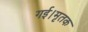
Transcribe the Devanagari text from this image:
गई।मृतक